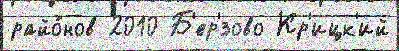
райо́нов 2010 Б'ер'́зово Кр'ицк'ий